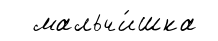
мальчи́шка